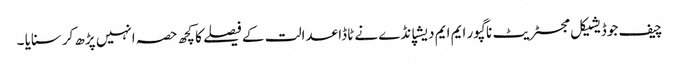
چیف جوڈیشیکل مجسٹریٹ ناگپور ایم ایم دیشپانڈے نے ٹاڈا عدالت کے فیصلے کا کچھ حصہ انہیں پڑھ کرسنایا ۔